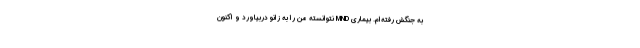
به جنگش رفته‌ام. بیماری MND نتوانسته من را به زانو دربیاورد و اکنون